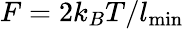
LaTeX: F=2k_{B}T/l_{\mathrm{min}}